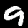
Label: 9